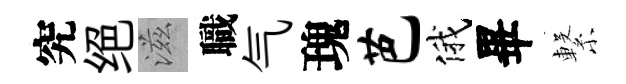
究绝滋職气瑰芭俄畢繋